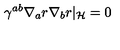
\gamma ^ { a b } \nabla _ { a } r \nabla _ { b } r | _ { \cal H } = 0